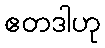
ဧတဒါဟု